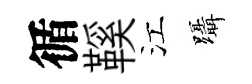
循鞵江躡